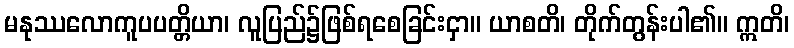
မနုဿလောကူပပတ္တိယာ၊ လူပြည်၌ဖြစ်ရစေခြင်းငှာ။ ယာစတိ၊ တိုက်တွန်းပါ၏။ ဣတိ၊